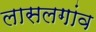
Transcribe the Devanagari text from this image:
लासलगांव